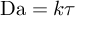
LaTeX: \mathrm { D a } = k \tau